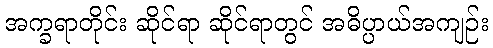
အက္ခရာတိုင်း ဆိုင်ရာ ဆိုင်ရာတွင် အဓိပ္ပာယ်အကျဉ်း